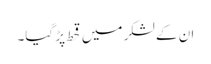
ان کے لشکر میں قحط پڑ گیا۔